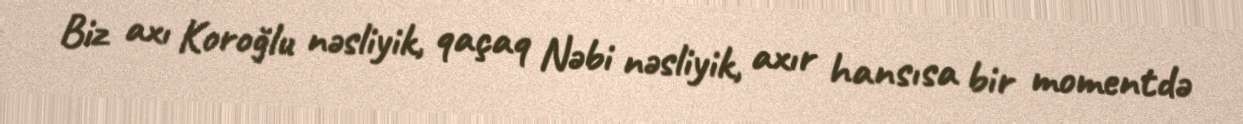
Biz axı Koroğlu nəsliyik, qaçaq Nəbi nəsliyik, axır hansısa bir momentdə